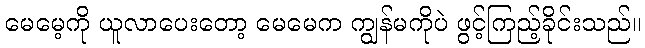
မေမေ့ကို ယူလာပေးတော့ မေမေက ကျွန်မကိုပဲ ဖွင့်ကြည့်ခိုင်းသည်။